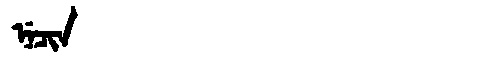
Manchu: ᠨᡝᠴᡳᠨ
Romanization: NECIN